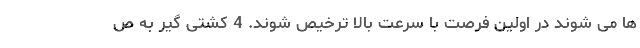
ها می شوند در اولین فرصت با سرعت بالا ترخیص شوند. 4 کشتی گیر به ص